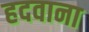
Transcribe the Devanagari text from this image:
हदवाना